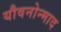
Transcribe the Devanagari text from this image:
यौवनोन्माद